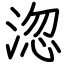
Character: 淴